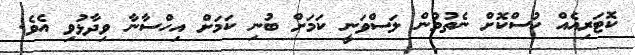
ކޮޓަރިއެއް ހުސްކޮށް ނެތުމުން ލަސްވަނީ ކަމަށް ބުނި ކަމަށް އިހްސާނާ ވިދާޅުވި އެވެ.